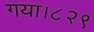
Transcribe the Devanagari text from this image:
गया।८२९